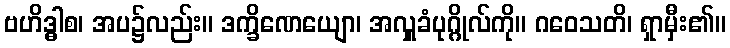
ဗဟိဒ္ဓါစ၊ အပ၌လည်း။ ဒက္ခိဏေယျော၊ အလှူခံပုဂ္ဂိုလ်ကို။ ဂဝေသတိ၊ ရှာမှီး၏။